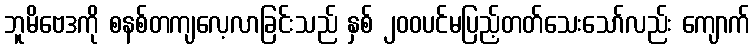
ဘူမိဗေဒကို စနစ်တကျလေ့လာခြင်းသည် နှစ် ၂၀၀ပင်မပြည့်တတ်သေးသော်လည်း ကျောက်